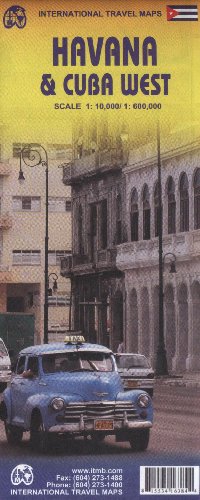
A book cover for Havana 1:10,000 & Cuba West 1:600,000 (International Travel Maps); ITM Canada; Travel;